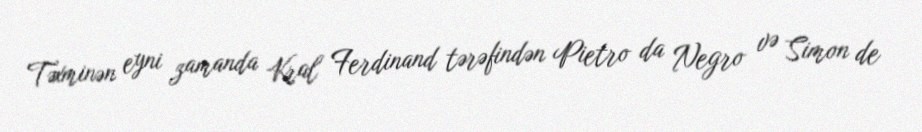
Təxminən eyni zamanda Kral Ferdinand tərəfindən Pietro da Negro və Simon de